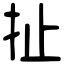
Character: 扯